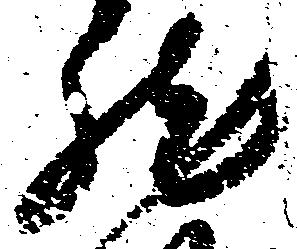
然